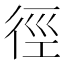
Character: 徑